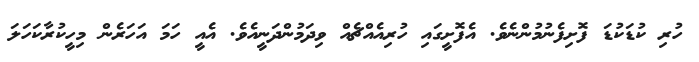
ހުރި ކުޑަކުޑަ ފޮށިފެނުމުންނެވެ. އެފޮށީގައި ހުރިއެއްޗެއް ވިދަމުންދަނީއެވެ. އެއީ ހަމަ އަހަރެން މިހީކުރާކަހަލަ